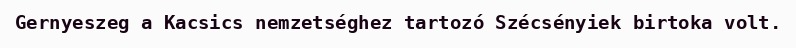
Gernyeszeg a Kacsics nemzetséghez tartozó Szécsényiek birtoka volt.